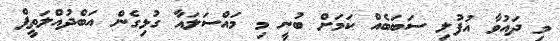
މި ދައުވާ އުފުލި ސަބަބެއް ކަމަށް ބުނީ މި މައްސަލައާ ގުޅިގެން އަބްދުއްލަތީފް